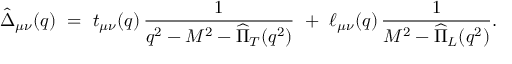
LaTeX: \hat { \Delta } _ { \mu \nu } ( q ) \ = \ t _ { \mu \nu } ( q ) \, \frac { 1 } { q ^ { 2 } - M ^ { 2 } - \widehat { \Pi } _ { T } ( q ^ { 2 } ) } \ + \ \ell _ { \mu \nu } ( q ) \, \frac { 1 } { M ^ { 2 } - \widehat { \Pi } _ { L } ( q ^ { 2 } ) } .